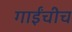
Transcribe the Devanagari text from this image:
गाईंचीच